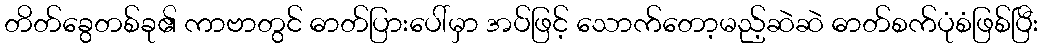
တိတ်ခွေတစ်ခု၏ ကာဗာတွင် ဓာတ်ပြားပေါ်မှာ အပ်ဖြင့် သောက်တော့မည့်ဆဲဆဲ ဓာတ်စက်ပုံစံဖြစ်ပြီး